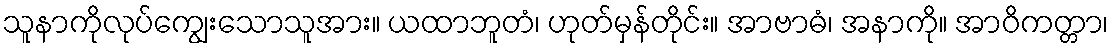
သူနာကိုလုပ်ကျွေးသောသူအား။ ယထာဘူတံ၊ ဟုတ်မှန်တိုင်း။ အာဗာဓံ၊ အနာကို။ အာဝိကတ္တာ၊